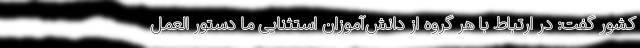
کشور گفت: در ارتباط با هر گروه از دانش‌آموزان استثنایی ما دستور العمل